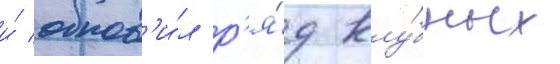
и́ обнов'и́л р'я́д клу́бных